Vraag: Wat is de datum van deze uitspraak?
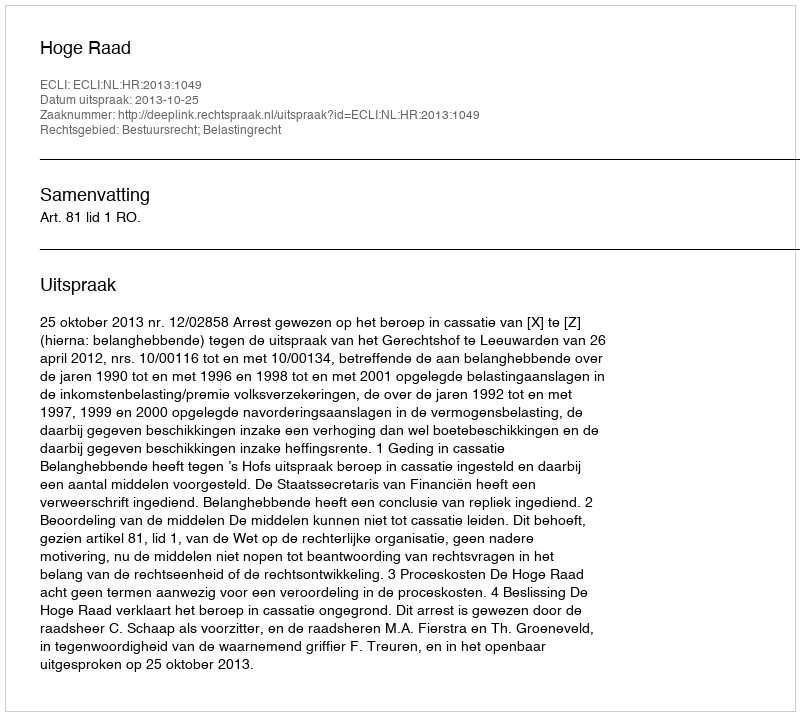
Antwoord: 2013-10-25